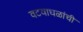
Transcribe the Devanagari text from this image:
वटवाघळांची